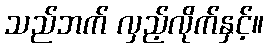
သည်ဘက် လှည့်လိုက်နှင့်။